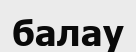
балау